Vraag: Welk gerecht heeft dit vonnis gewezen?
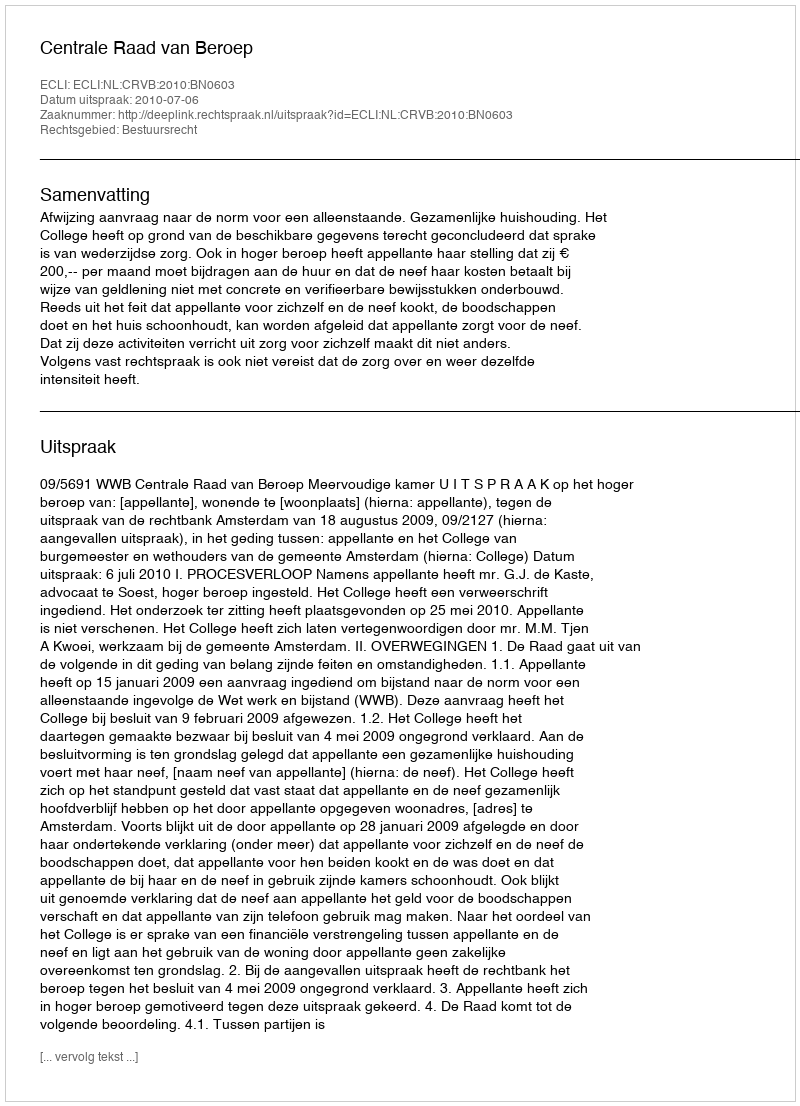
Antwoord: Centrale Raad van Beroep